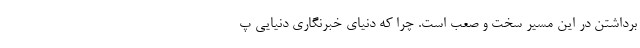
برداشتن در این مسیر سخت و صعب است. چرا که دنیای خبرنگاری دنیایی پ